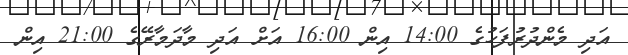
އަދި މެންދުރުފަހުގެ 14:00 އިން 16:00 އަށް އަދި މާދަމާރޭގެ 21:00 އިން